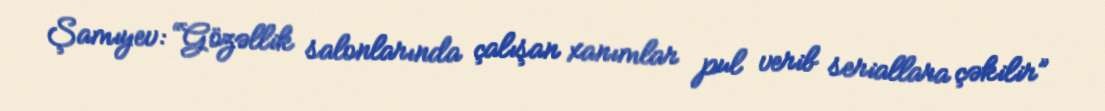
Şamıyev: “Gözəllik salonlarında çalışan xanımlar pul verib seriallara çəkilir”